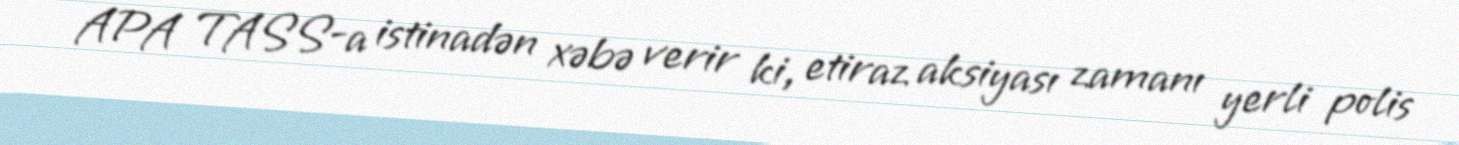
APA TASS-a istinadən xəbə verir ki, etiraz aksiyası zamanı yerli polis